Lunatic asylums Madras 1877-1891 - 1877-1891
Year: 1877
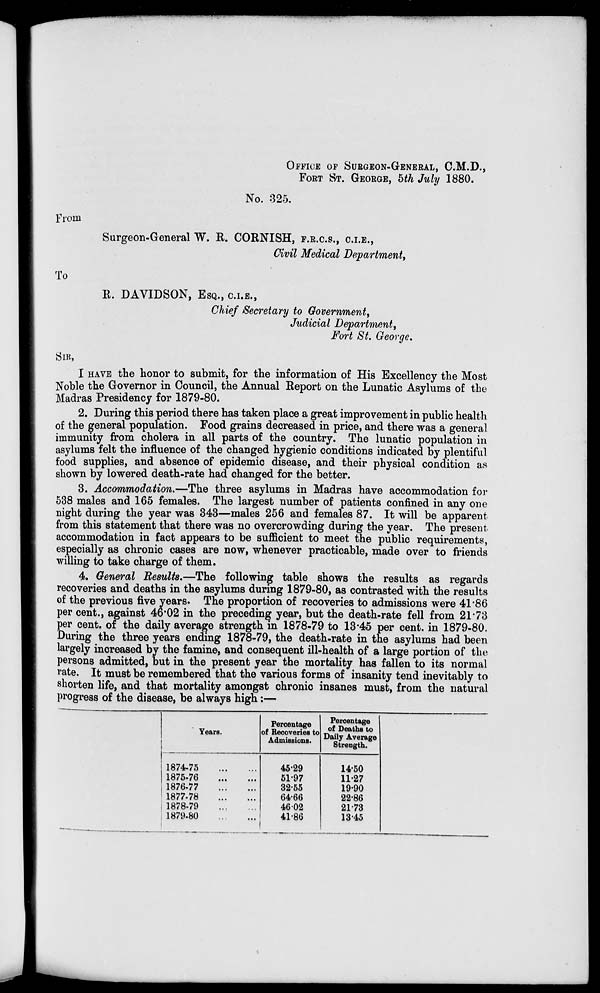
OFFICE OF SURGEON-GENERAL, C.M.D.,
FORT ST. GEORGE, 5th July 1880.
No. 325,
From
Surgeon-General W. R. CORNISH, F.R.C.S., C.I.E.,
Civil Medical Department ,
To
R. DAVIDSON, ESQ., C.I.E.,
Chief Secretary to Government,
Judicial Department,
Fort St. George.
SIR,
I HAVE the honor to submit, for the information of His Excellency the Most
Noble the Governor in Council, the Annual Report on the Lunatic Asylums of the
Madras Presidency for 1879-80.
2. During this period there has taken place a great improvement in public health
of the general population. Food grains decreased in price, and there was a general
immunity from cholera in all parts of the country. The lunatic population in
asylums felt the influence of the changed hygienic conditions indicated by plentiful
food supplies, and absence of epidemic disease, and their physical condition as
shown by lowered death-rate had changed for the better.
3. Accommodation.—The three asylums in Madras have accommodation for
538 males and 165 females. The largest number of patients confined in any one
night during the year was 343—males 256 and females 87. It will be apparent
from this statement that there was no overcrowding during the year. The present
accommodation in fact appears to be sufficient to meet the public requirements,
especially as chronic cases are now, whenever practicable, made over to friends
willing to take charge of them.
4. General Results.—The following table shows the results as regards
recoveries and deaths in the asylums during 1879-80, as contrasted with the results
of the previous five years. The proportion of recoveries to admissions were 41.86
per cent., against 46.02 in the preceding year, but the death-rate fell from 21.73
per cent. of the daily average strength in 1878-79 to 13.45 per cent. in 1879-80.
During the three years ending 1878-79, the death-rate in the asylums had been
largely increased by the famine, and consequent ill-health of a large portion of the
persons admitted, but in the present year the mortality has fallen to its normal
rate. It must be remembered that the various forms of insanity tend inevitably to
shorten life, and that mortality amongst chronic insanes must, from the natural
progress of the disease, be always high:—
Years.
1874-75
...
...
1875-76
...
...
1876-77
...
...
1877-78
...
...
1878-79
...
...
1879-80
...
...
Percentage
of Recoveries to
Admissions.
45.29
51.97
32.55
64.66
46.02
41.86
Percentage
of Deaths to
Daily Average
Strength.
14.50
11.27
19.90
22.86
21.78
13.45